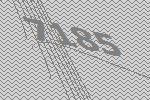
7185